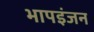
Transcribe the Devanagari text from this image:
भापइंजन